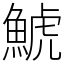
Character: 鯱